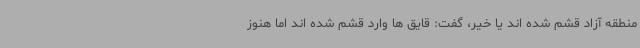
منطقه آزاد قشم شده اند یا خیر، گفت: قایق ها وارد قشم شده اند اما هنوز